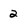
Character: 2